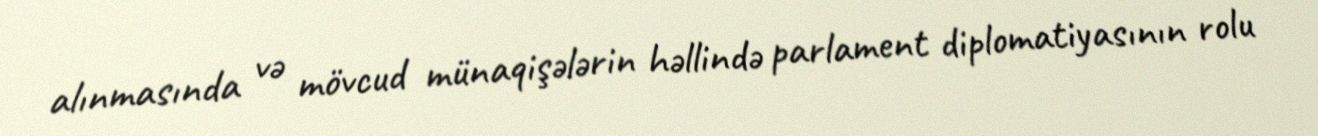
alınmasında və mövcud münaqişələrin həllində parlament diplomatiyasının rolu